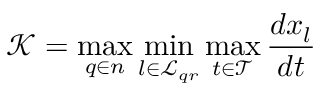
\mathcal { K } = \operatorname* { m a x } _ { q \in n } \operatorname* { m i n } _ { l \in \mathcal { L } _ { q r } } \operatorname* { m a x } _ { t \in \mathcal { T } } \frac { d x _ { l } } { d t }